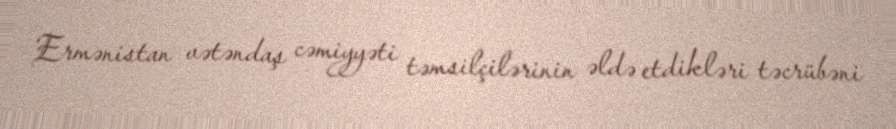
Ermənistan vətəndaş cəmiyyəti təmsilçilərinin əldə etdikləri təcrübəni